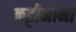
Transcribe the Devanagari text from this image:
कट्टीमानी